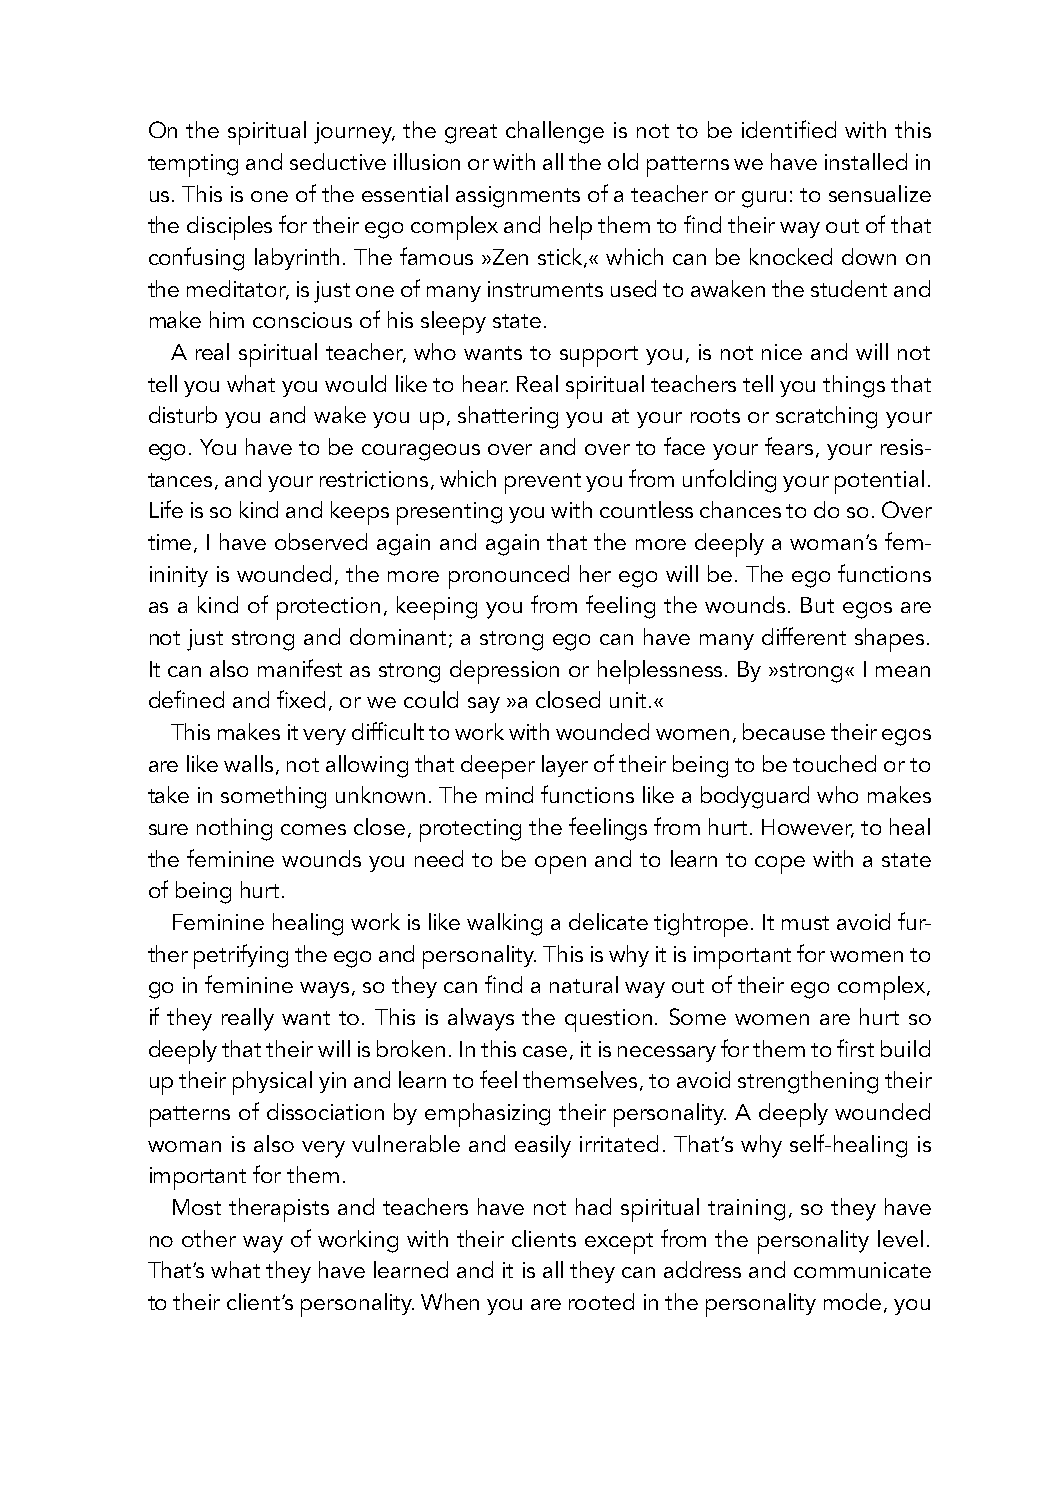
On the spiritual journey, the great challenge is not to be identified with this
 tempting and seductive illusion or with all the old patterns we have installed in
 us. This is one of the essential assignments of a teacher or guru: to sensualize
 the disciples for their ego complex and help them to find their way out of that
 confusing labyrinth. The famous »Zen stick,« which can be knocked down on
 the meditator, is just one of many instruments used to awaken the student and
 make him conscious of his sleepy state.
 A real spiritual teacher, who wants to support you, is not nice and will not
 tell you what you would like to hear. Real spiritual teachers tell you things that
 disturb you and wake you up, shattering you at your roots or scratching your
 ego. You have to be courageous over and over to face your fears, your resis-
 tances, and your restrictions, which prevent you from unfolding your potential.
 Life is so kind and keeps presenting you with countless chances to do so. Over
 time, I have observed again and again that the more deeply a woman’s fem-
 ininity is wounded, the more pronounced her ego will be. The ego functions
 as a kind of protection, keeping you from feeling the wounds. But egos are
 not just strong and dominant; a strong ego can have many different shapes.
 It can also manifest as strong depression or helplessness. By »strong« I mean
 defined and fixed, or we could say »a closed unit.«
 This makes it very difficult to work with wounded women, because their egos
 are like walls, not allowing that deeper layer of their being to be touched or to
 take in something unknown. The mind functions like a bodyguard who makes
 sure nothing comes close, protecting the feelings from hurt. However, to heal
 the feminine wounds you need to be open and to learn to cope with a state
 of being hurt.
 Feminine healing work is like walking a delicate tightrope. It must avoid fur-
 ther petrifying the ego and personality. This is why it is important for women to
 go in feminine ways, so they can find a natural way out of their ego complex,
 if they really want to. This is always the question. Some women are hurt so
 deeply that their will is broken. In this case, it is necessary for them to first build
 up their physical yin and learn to feel themselves, to avoid strengthening their
 patterns of dissociation by emphasizing their personality. A deeply wounded
 woman is also very vulnerable and easily irritated. That’s why self-healing is
 important for them.
 Most therapists and teachers have not had spiritual training, so they have
 no other way of working with their clients except from the personality level.
 That’s what they have learned and it is all they can address and communicate
 to their client’s personality. When you are rooted in the personality mode, you